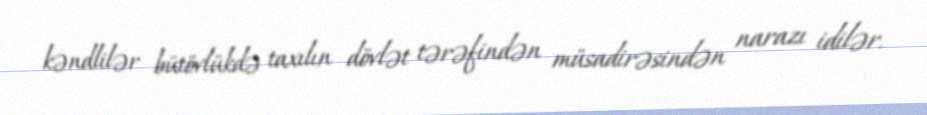
kəndlilər bütövlükdə taxılın dövlət tərəfindən müsadirəsindən narazı idilər.